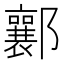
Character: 𨟚